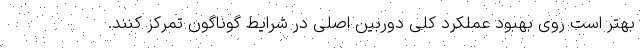
بهتر است روی بهبود عملکرد کلی دوربین اصلی در شرایط گوناگون تمرکز کنند.